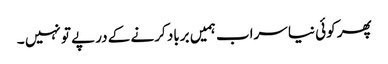
پھر کوئی نیا سراب ہمیں برباد کرنے کے درپے تو نہیں ۔